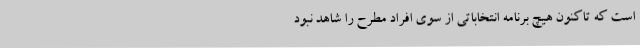
است که تاکنون هیچ برنامه انتخاباتی از سوی افراد مطرح را شاهد نبود